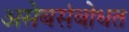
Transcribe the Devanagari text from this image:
असेबसंबोधत